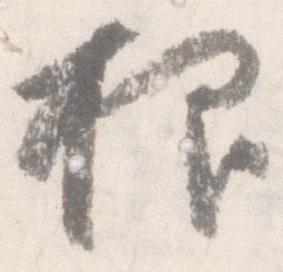
抑